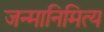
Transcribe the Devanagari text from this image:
जन्मानिमित्य